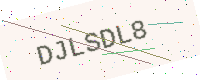
Text: DJLSDL8